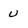
Character: u